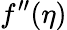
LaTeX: f^{\prime\prime}(\eta)